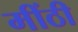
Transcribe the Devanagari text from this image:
मींठी